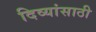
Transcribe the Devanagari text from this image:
दिव्यांसाठी